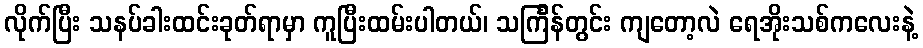
လိုက်ပြီး သနပ်ခါးထင်းခုတ်ရာမှာ ကူပြီးထမ်းပါတယ်၊ သင်္ကြန်တွင်း ကျတော့လဲ ရေအိုးသစ်ကလေးနဲ့